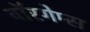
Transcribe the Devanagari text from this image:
वॉरगेम्स